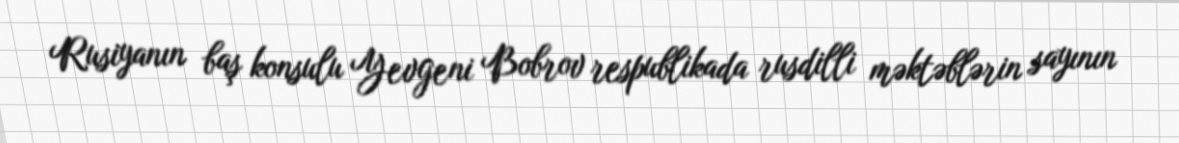
Rusiyanın baş konsulu Yevgeni Bobrov respublikada rusdilli məktəblərin sayının